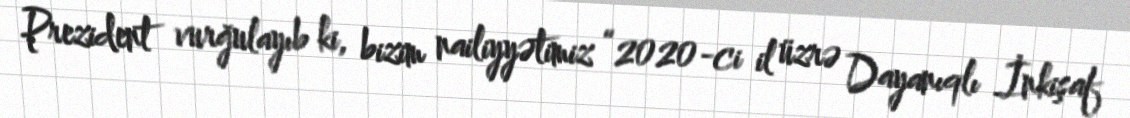
Prezident vurğulayıb ki, bizim nailiyyətimiz “2020-ci il üzrə Dayanıqlı İnkişaf